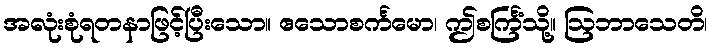
အလုံးစုံရတနာဖြင့်ပြီးသော။ ဧသောစင်္ကမော၊ ဤစင်္ကြံသို့။ ဩဘာသေတိ၊